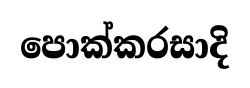
පොක්කරසාදි